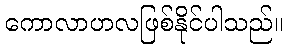
ကောလာဟလဖြစ်နိုင်ပါသည်။